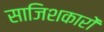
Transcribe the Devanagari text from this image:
साजिशकारों